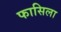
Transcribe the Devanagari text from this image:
फासिला